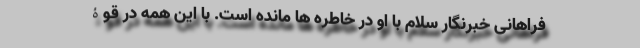
فراهانی خبرنگار سلام با او در خاطره ها مانده است. با این همه در قوۀ